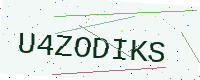
Text: U4ZODIKS